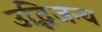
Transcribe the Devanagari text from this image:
उद्भिजन्य